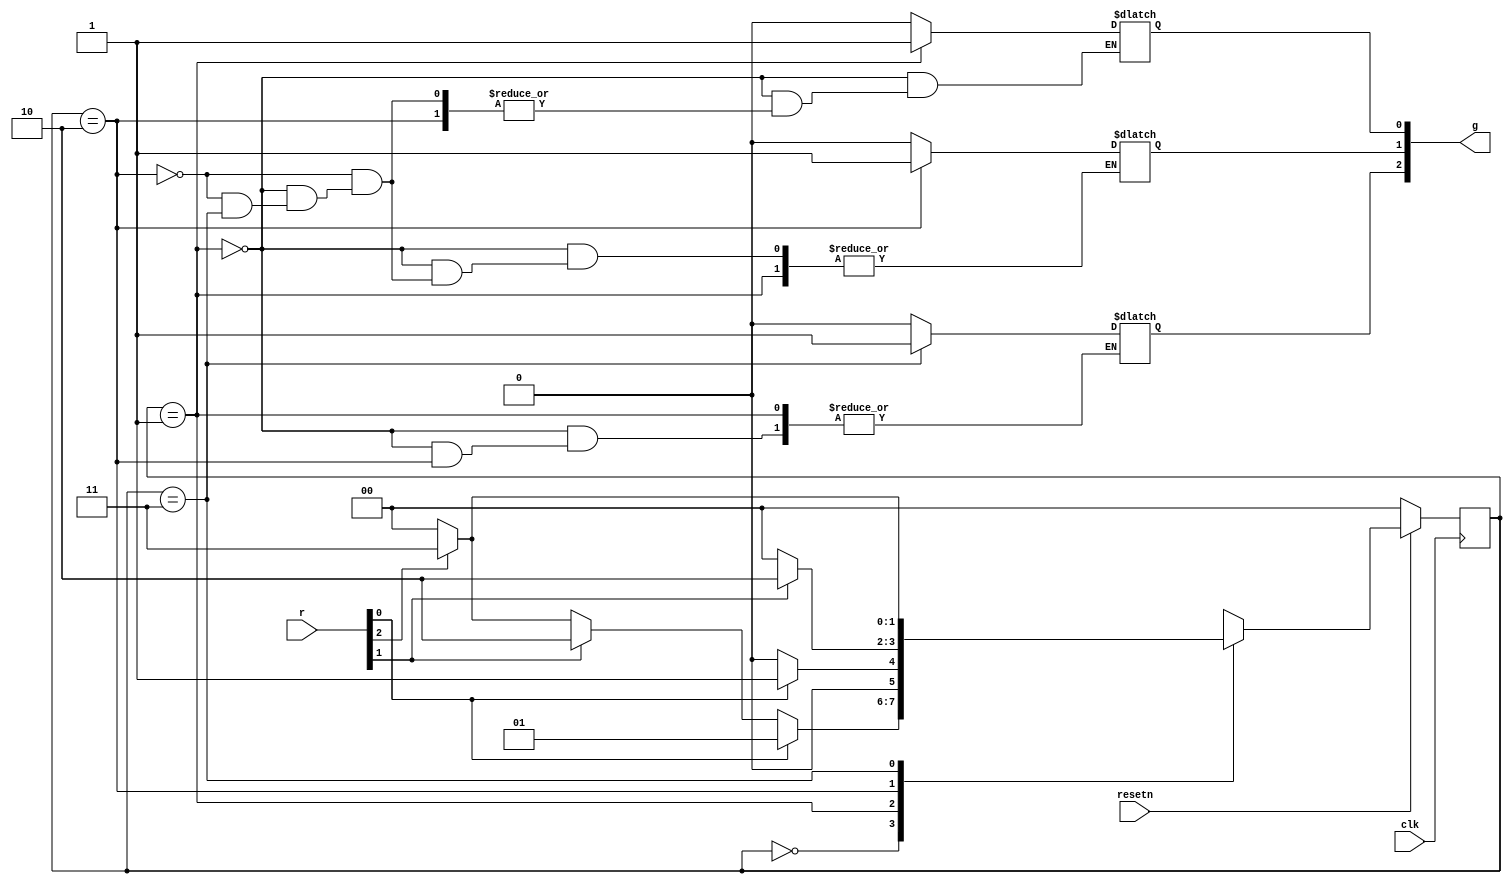
//Consider the FSM described by the state diagram shown below:

//This FSM acts as an arbiter circuit, which controls access to some type of resource by three requesting devices. 
//Each device makes its request for the resource by setting a signal r[i] = 1, where r[i] is either r[1], r[2], or r[3].
//Each r[i] is an input signal to the FSM, and represents one of the three devices.
//The FSM stays in state A as long as there are no requests.
//When one or more request occurs, then the FSM decides which device receives a grant to use the resource and changes to a state that sets that devices g[i] signal to 1.
//Each g[i] is an output from the FSM. There is a priority system, in that device 1 has a higher priority than device 2, and device 3 has the lowest priority.
//Hence, for example, device 3 will only receive a grant if it is the only device making a request when the FSM is in state A.
//Once a device, i, is given a grant by the FSM, that device continues to receive the grant as long as its request, r[i] = 1.

//Write complete Verilog code that represents this FSM. Use separate always blocks for the state table and the state flip-flops, 
//as done in lectures. Describe the FSM outputs, g[i], using either continuous assignment statement(s) or an always block (at your discretion). 
//Assign any state codes that you wish to use.

module top_module (
    input clk,
    input resetn,    // active-low synchronous reset
    input [3:1] r,   // request
    output [3:1] g   // grant
); 
    parameter A = 0,
              B = 1,
              C = 2,
              D = 3;
              
    reg [1:0] state, next_state;
    reg [3:1] g_tmp;

    always @(*) begin
        case (state)
            A: begin
                if (r[1])
                    next_state = B;
                else if (r[2])
                    next_state = C;
                else if (r[3])
                    next_state = D;
                else
                    next_state = A;
            end
            B: begin
                if (r[1])
                    next_state = B;
                else
                    next_state = A;
            end
            C: begin
                if (r[2])
                    next_state = C;
                else
                    next_state = A;
            end
            D: begin
                if (r[3])
                    next_state = D;
                else
                    next_state = A;
            end
            default: next_state = A;
        endcase
    end
    
    assign g = g_tmp;

    always @(*) begin
        if (state == B)
            g_tmp[1] = 1;
        else if (state == C)
            g_tmp[2] = 1;
        else if (state == D)
            g_tmp[3] = 1;
        else
            g_tmp = 0;
    end
    
    always @(posedge clk) begin
        if (resetn == 0) begin
            state <= A;
        end
        else begin
            state <= next_state;
        end
    end
    
endmodule